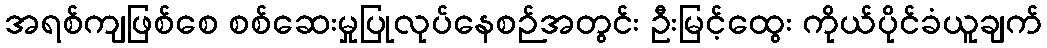
အရစ်ကျဖြစ်စေ စစ်ဆေးမှုပြုလုပ်နေစဉ်အတွင်း ဦးမြင့်ထွေး ကိုယ်ပိုင်ခံယူချက်